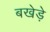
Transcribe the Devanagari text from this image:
बखेड़े